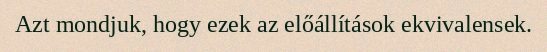
Azt mondjuk, hogy ezek az előállítások ekvivalensek.